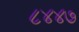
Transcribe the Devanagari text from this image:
८४४७